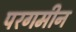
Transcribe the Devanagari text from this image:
परगमीन